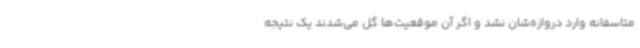
متاسفانه وارد دروازه‌شان نشد و اگر آن موقعیت‌ها گل می‌شدند یک نتیجه